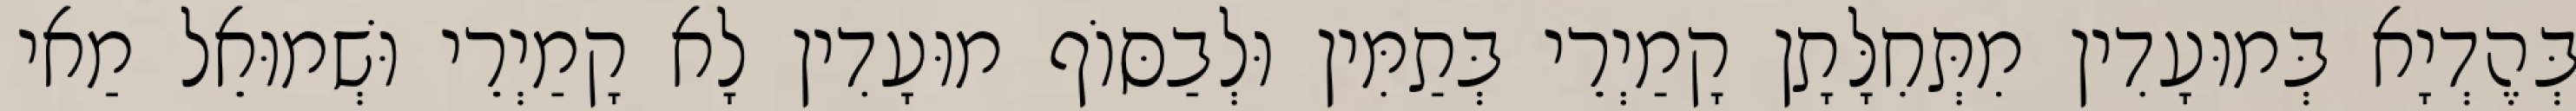
בְּהֶדְיָא בְּמוּעָדִין מִתְּחִלָּתָן קָמַיְרֵי בְּתַמִּין וּלְבַסּוֹף מוּעָדִין לָא קָמַיְרֵי וּשְׁמוּאֵל מַאי